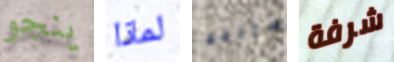
ينجو لماذا ستنجح شرفة